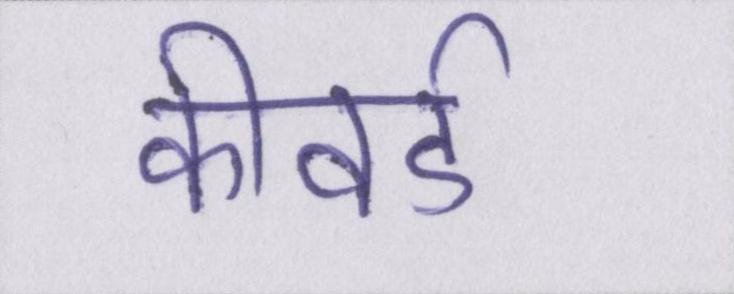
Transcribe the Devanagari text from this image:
कीवर्ड